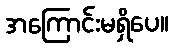
အကြောင်းမရှိပေ။